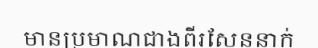
មានប្រមាណជាងពីរសែននាក់